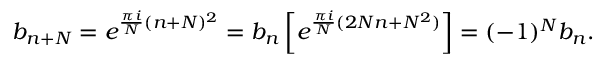
b _ { n + N } = e ^ { { \frac { \pi i } { N } } ( n + N ) ^ { 2 } } = b _ { n } \left[ e ^ { { \frac { \pi i } { N } } ( 2 N n + N ^ { 2 } ) } \right] = ( - 1 ) ^ { N } b _ { n } .